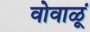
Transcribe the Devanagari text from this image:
वोवाळूं